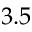
3 . 5